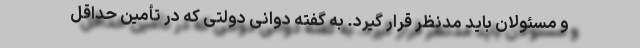
و مسئولان باید مدنظر قرار گیرد. به گفته دوانی دولتی كه در تأمین حداقل